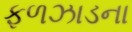
ફળઝાડના